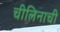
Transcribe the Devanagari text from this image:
चीलिनाची